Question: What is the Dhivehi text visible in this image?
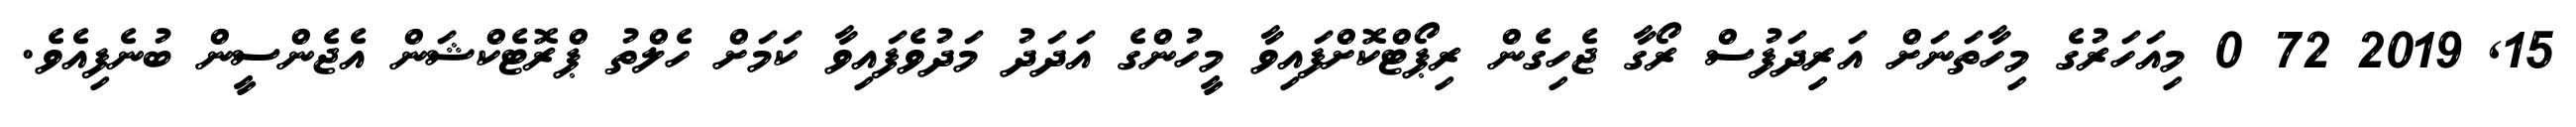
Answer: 15, 2019 72 0 މިއަހަރުގެ މިހާތަނަށް އަރިދަފުސް ރޯގާ ޖެހިގެން ރިޕޯޓްކޮށްފައިވާ މީހުންގެ އަދަދު މަދުވެފައިވާ ކަމަށް ހެލްތު ޕްރޮޓެކްޝަން އެޖެންސީން ބުނެފިއެވެ.